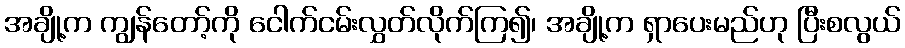
အချို့က ကျွန်တော့်ကို ငေါက်ငမ်းလွှတ်လိုက်ကြ၍၊ အချို့က ရှာပေးမည်ဟု ပြီးစလွယ်